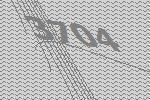
3704